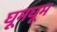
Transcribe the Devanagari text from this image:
घूमघूम